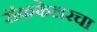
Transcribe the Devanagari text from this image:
रॉकफेलरचा